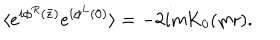
\langle e ^ { i \phi ^ { R } ( \bar { z } ) } e ^ { i \phi ^ { L } ( 0 ) } \rangle = - 2 i m \mathrm { K } _ { 0 } ( m r ) .